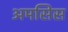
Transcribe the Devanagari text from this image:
अमसिस